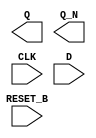
module sky130_fd_sc_ms__dfrbp (
    Q      ,
    Q_N    ,
    CLK    ,
    D      ,
    RESET_B
);

    output Q      ;
    output Q_N    ;
    input  CLK    ;
    input  D      ;
    input  RESET_B;

    // Voltage supply signals
    supply1 VPWR;
    supply0 VGND;
    supply1 VPB ;
    supply0 VNB ;

endmodule